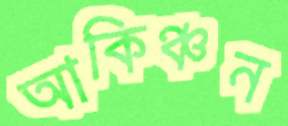
আকিঞ্চন